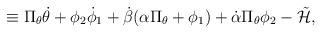
LaTeX: \begin{align*}\equiv \Pi _\theta \dot \theta +\phi _2 \dot \phi _1 +\dot \beta(\alpha \Pi_\theta +\phi _1)+\dot \alpha \Pi_\theta \phi _2-\tilde {\cal H},\end{align*}